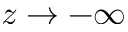
z \rightarrow - \infty